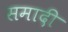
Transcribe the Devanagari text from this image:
समादी